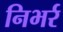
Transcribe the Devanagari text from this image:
निभर्र